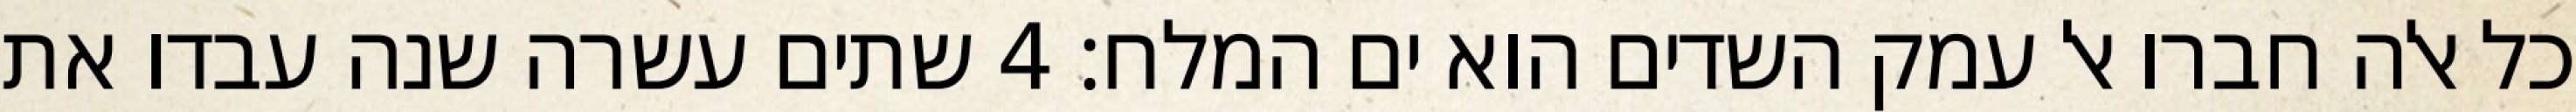
כל אלה חברו אל עמק השדים הוא ים המלח׃ ‎4‏ שתים עשרה שנה עבדו את